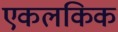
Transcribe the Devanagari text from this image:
एकलकिक